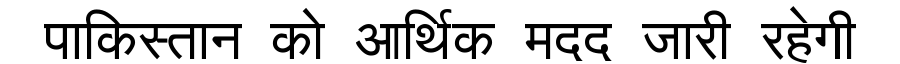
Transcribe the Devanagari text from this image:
पाकिस्तान को आर्थिक मदद जारी रहेगी